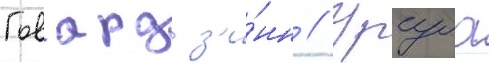
Говард з'и́нн // Урсула